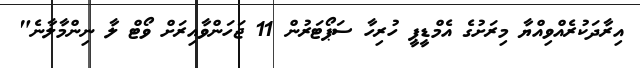
އިރާދަކުރެއްވިއްޔާ މިރަށުގެ އެމްޑީޕީ ހުރިހާ ސަޕޯޓަރުން 11 ޖަހަންވާއިރަށް ވޯޓް ލާ ނިންމާލާނެ"